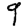
Digit: 9